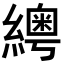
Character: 𦆒